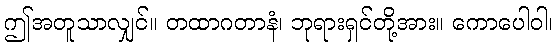
ဤအတူသာလျှင်။ တထာဂတာနံ၊ ဘုရားရှင်တို့အား။ ကောပေါဝါ၊